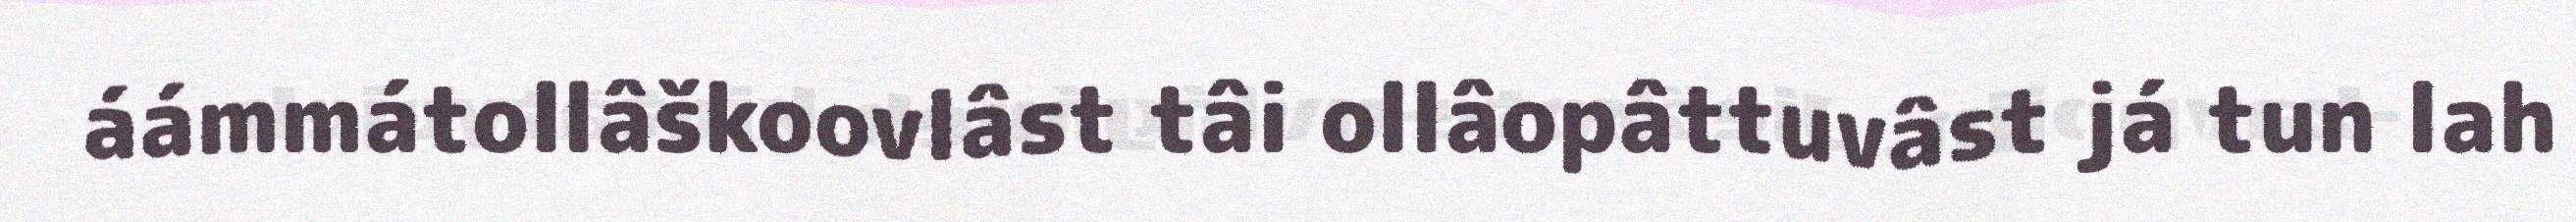
áámmátollâškoovlâst tâi ollâopâttuvâst já tun lah